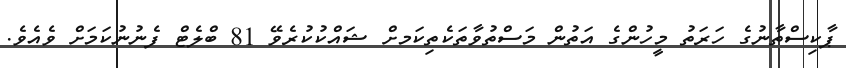
ޕާކިސްތާނުގެ ހަރަތު މީހުންގެ އަތުން މަސްތުވާތަކެތިކަމށް ޝައްކުކުރެވޭ 81 ބްލެޓް ފެނުނުކަމަށް ވެއެވެ.